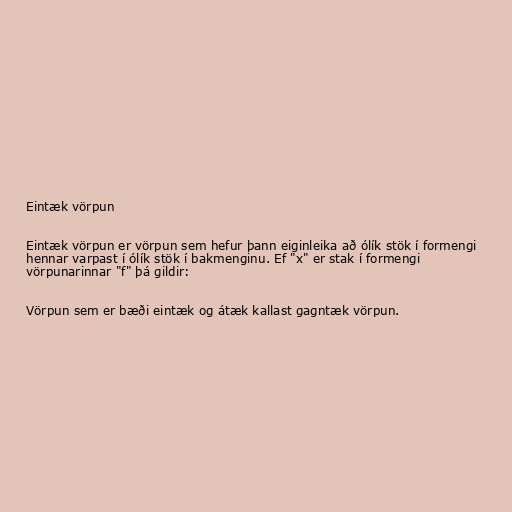
Eintæk vörpun

Eintæk vörpun er vörpun sem hefur þann eiginleika að ólík stök í formengi
hennar varpast í ólík stök í bakmenginu. Ef "x" er stak í formengi
vörpunarinnar "f" þá gildir:

Vörpun sem er bæði eintæk og átæk kallast gagntæk vörpun.